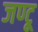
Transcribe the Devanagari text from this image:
जण्टू